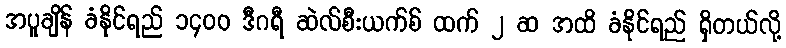
အပူချိန် ခံနိုင်ရည် ၁၄၀၀ ဒီဂရီ ဆဲလ်စီးယက်စ် ထက် ၂ ဆ အထိ ခံနိုင်ရည် ရှိတယ်လို့